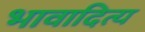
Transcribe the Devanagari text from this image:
भावादित्य